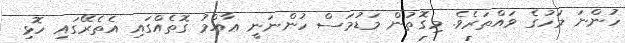
ހުންނަ މަހުގެ ވައްތަރެވެ. މިގޮތުން މަޑުމަސް ހުންނަނީ ޢާއްމު ގޮތެއްގައި އެތެރޭގައި ހޮޅި